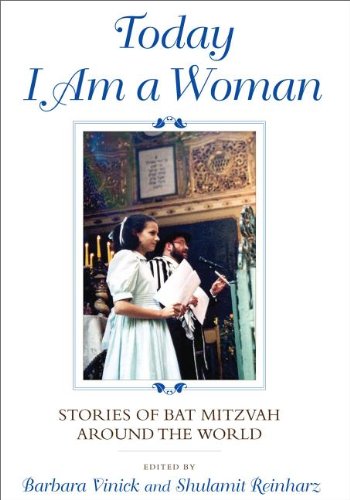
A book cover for Today I Am a Woman: Stories of Bat Mitzvah around the World; Religion & Spirituality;